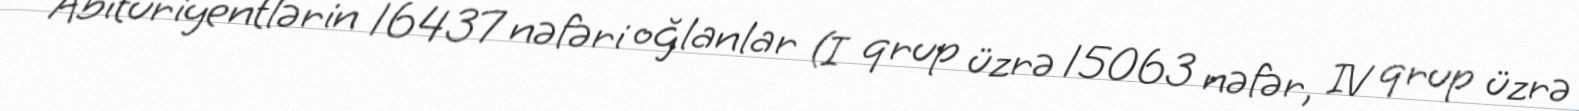
Abituriyentlərin 16437 nəfəri oğlanlar (I qrup üzrə 15063 nəfər, IV qrup üzrə